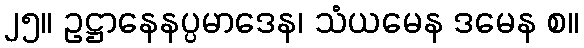
၂၅။ ဥဋ္ဌာနေနပ္ပမာဒေန၊ သံယမေန ဒမေန စ။